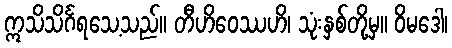
ဣသိသိင်္ဂရသေ့သည်။ တီဟိဝေဿဟိ၊ သုံးနှစ်တို့မှ။ ဝိမဒေါ၊